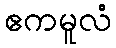
ဧကမူလံ